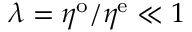
\lambda = \eta ^ { \mathrm { o } } / \eta ^ { \mathrm { e } } \ll 1